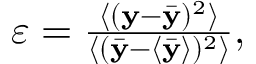
\begin{array} { r } { \varepsilon = \frac { \langle ( \mathbf { y } - \bar { \mathbf { y } } ) ^ { 2 } \rangle } { \langle ( \bar { \mathbf { y } } - \langle \bar { \mathbf { y } } \rangle ) ^ { 2 } \rangle } , } \end{array}